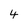
Character: 4